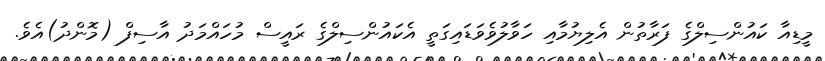
މީޑިއާ ކައުންސިލްގެ ފަރާތުން އެލިޔުމާއި ހަވާލުވެވަޑައިގަތީ އެކައުންސިލްގެ ރައީސް މުހައްމަދު އާސިފް (މޮންދު)އެވެ.